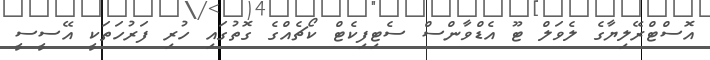
އޮސްޓްރޭލިޔާގެ ލެވަލް ޓޫ އެޑްވާންސް ސެޓިފިކެޓް ކޯޗެއްގެ ގޮތުގައި ހުރި ފަރުހަތަކީ އޭސީސީ